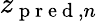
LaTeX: z_{\mathrm{~p~r~e~d~},n}